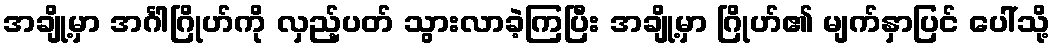
အချို့မှာ အင်္ဂါဂြိုဟ်ကို လှည့်ပတ် သွားလာခဲ့ကြပြီး အချို့မှာ ဂြိုဟ်၏ မျက်နှာပြင် ပေါ်သို့